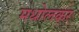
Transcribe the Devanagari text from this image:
मधोलकर